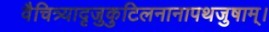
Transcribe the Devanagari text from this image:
वैचित्र्यादृजुकुटिलनानापथजुषाम्।